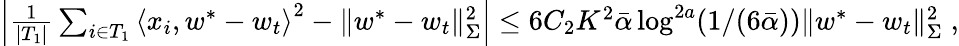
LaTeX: \begin{array}{r}{\left|\frac{1}{|T_{1}|}\sum_{i\in T_{1}}\left\langle x_{i},w^{*}-w_{t}\right\rangle^{2}-\| w^{*}-w_{t}\| _{\Sigma}^{2}\right|\leq 6C_{2}K^{2}\bar{\alpha}\log^{2a}(1/(6\bar{\alpha}))\| w^{*}-w_{t}\| _{\Sigma}^{2}\; ,}\end{array}